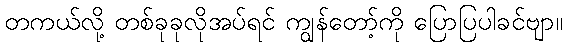
တကယ်လို့ တစ်ခုခုလိုအပ်ရင် ကျွန်တော့်ကို ပြောပြပါခင်ဗျာ။